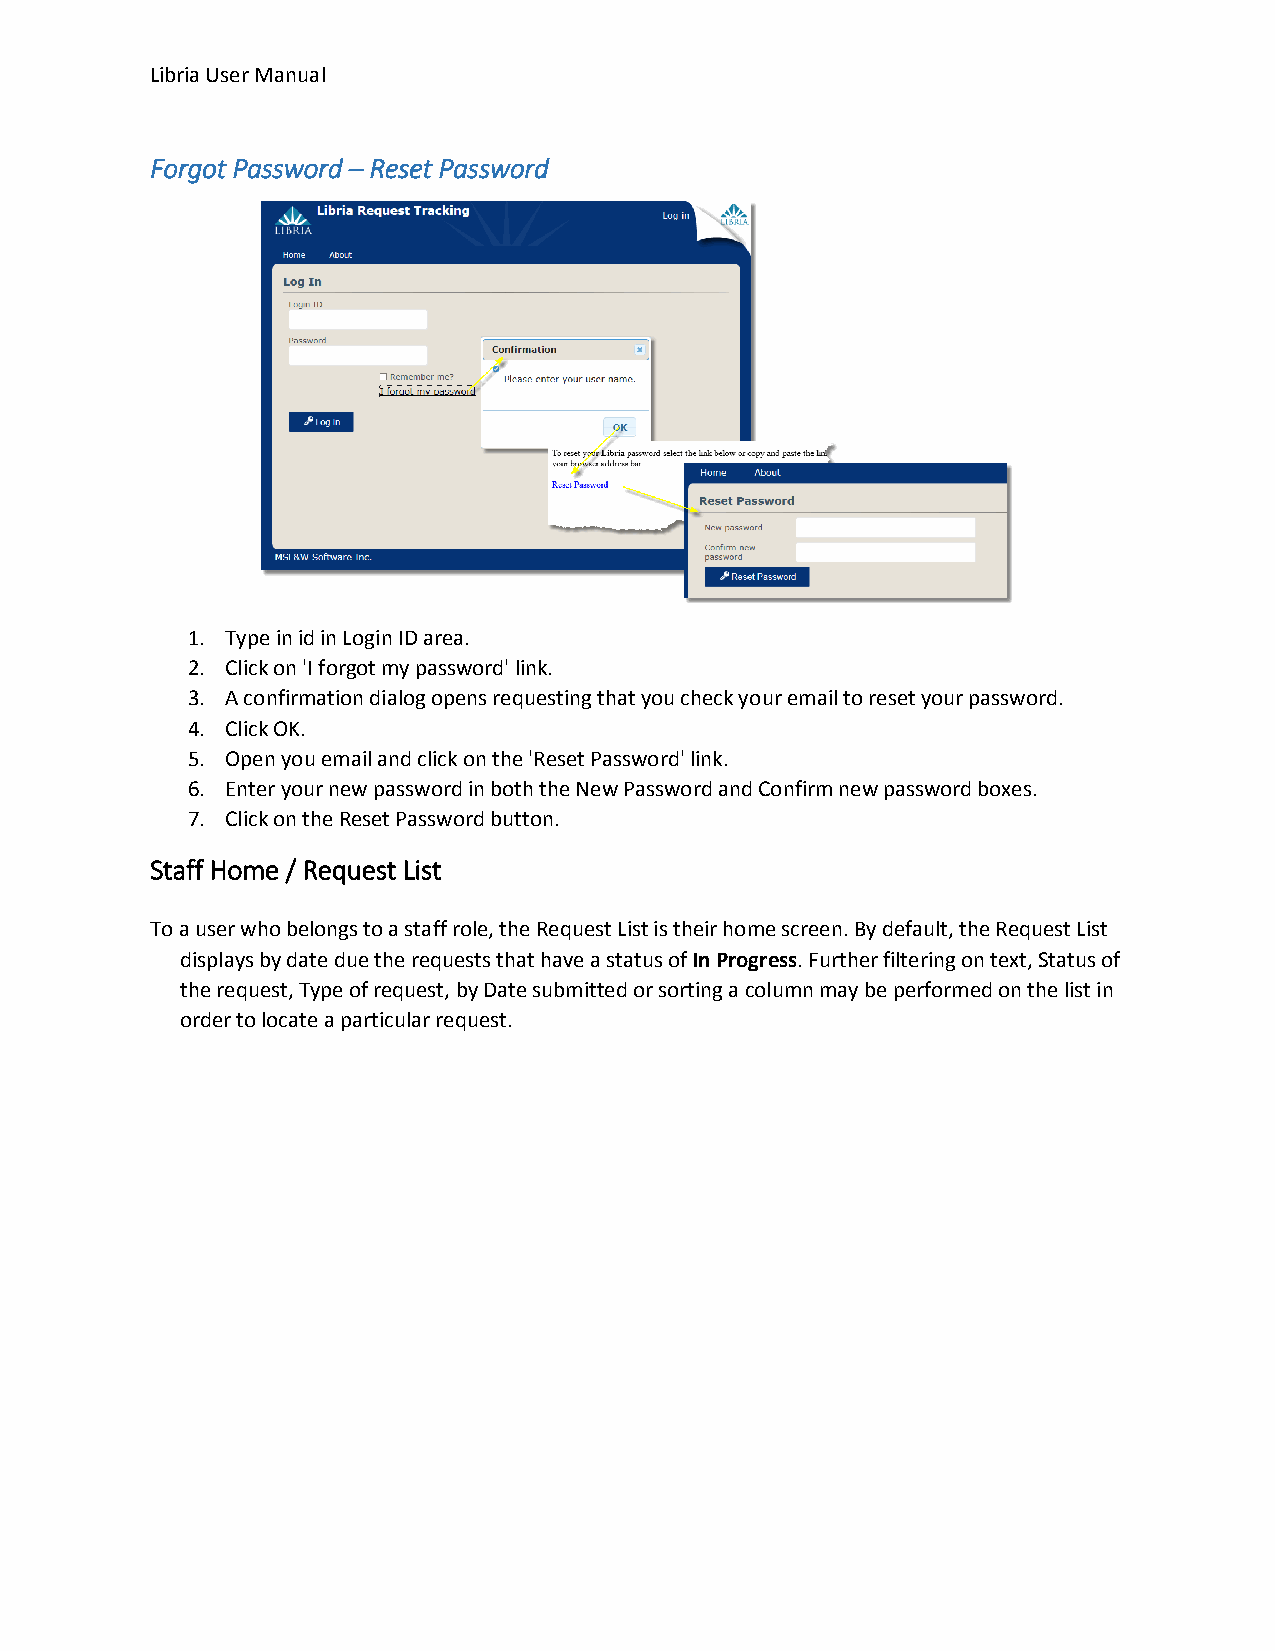
Libria User Manual
 Forgot Password – Reset Password
 1. Type in id in Login ID area.
 2. Click on 'I forgot my password' link.
 3. A confirmation dialog opens requesting that you check your email to reset your password.
 4. Click OK.
 5. Open you email and click on the 'Reset Password' link.
 6. Enter your new password in both the New Password and Confirm new password boxes.
 7. Click on the Reset Password button.
 Staff Home / Request List
 To a user who belongs to a staff role, the Request List is their home screen. By default, the Request List
 displays by date due the requests that have a status of In Progress. Further filtering on text, Status of
 the request, Type of request, by Date submitted or sorting a column may be performed on the list in
 order to locate a particular request.